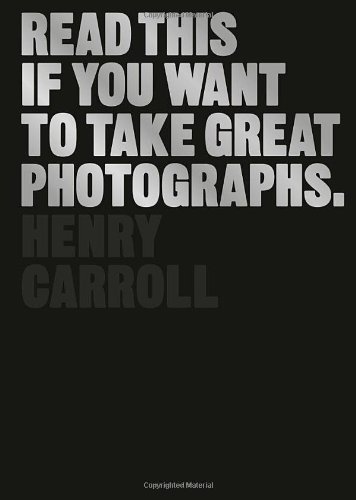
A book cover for Read This If You Want to Take Great Photographs; Henry Carroll; Arts & Photography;